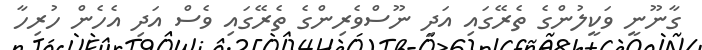
ގާނޫނީ ވަކީލުންގެ ތެރޭގައި އަދި ނޫސްވެރިންގެ ތެރޭގައި ވެސް އަދި އެހެން ހުރިހާ